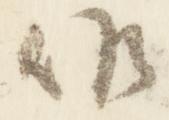
候